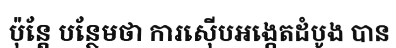
ប៉ុន្តែ បន្ថែមថា ការស៊ើបអង្កេតដំបូង បាន